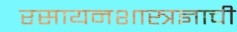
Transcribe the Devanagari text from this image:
रसायनशास्त्रज्ञाची